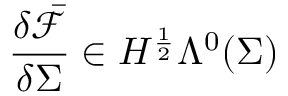
\frac { \delta \bar { \mathcal { F } } } { \delta \Sigma } \in H ^ { \frac { 1 } { 2 } } \Lambda ^ { 0 } ( \Sigma )